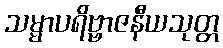
သမ္မာပရိဗ္ဗာဇနီယသုတ္တ